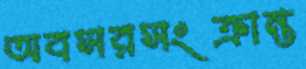
অবসরসংক্রান্ত